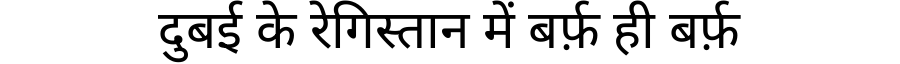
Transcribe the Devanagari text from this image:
दुबई के रेगिस्तान में बर्फ़ ही बर्फ़